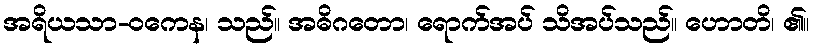
အရိယသာ-ဝကေန၊ သည်။ အဓိဂတော၊ ရောက်အပ် သိအပ်သည်။ ဟောတိ၊ ၏။